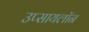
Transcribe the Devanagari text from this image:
उप्सायलॉन